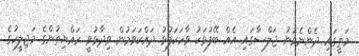
މަތީގައި ދެންނެވުނު ޖަލްސާގައި އެއް ބޭފުޅަކު ވާހަކަފުޅު ދައްކަވަމުން ވިދާޅުވީ ރައްޔިތުންގެ މަޖިލީހުގެ